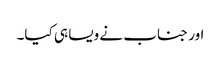
اور جناب نے ویسا ہی کیا۔